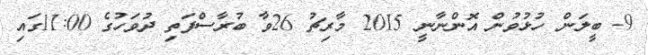
9- ބީލަން ހުޅުވުން އޮންނާނީ 2015 މާރިޗު 26ވާ ބުރާސްފަތި ދުވަހުގެ 11:00ގައި